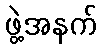
ဖွဲ့အနက်